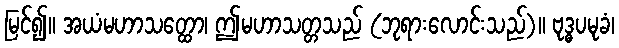
မြင်၍။ အယံမဟာသတ္ထော၊ ဤမဟာသတ္တသည် (ဘုရားလောင်းသည်)။ ဗုဒ္ဓပမုခံ၊